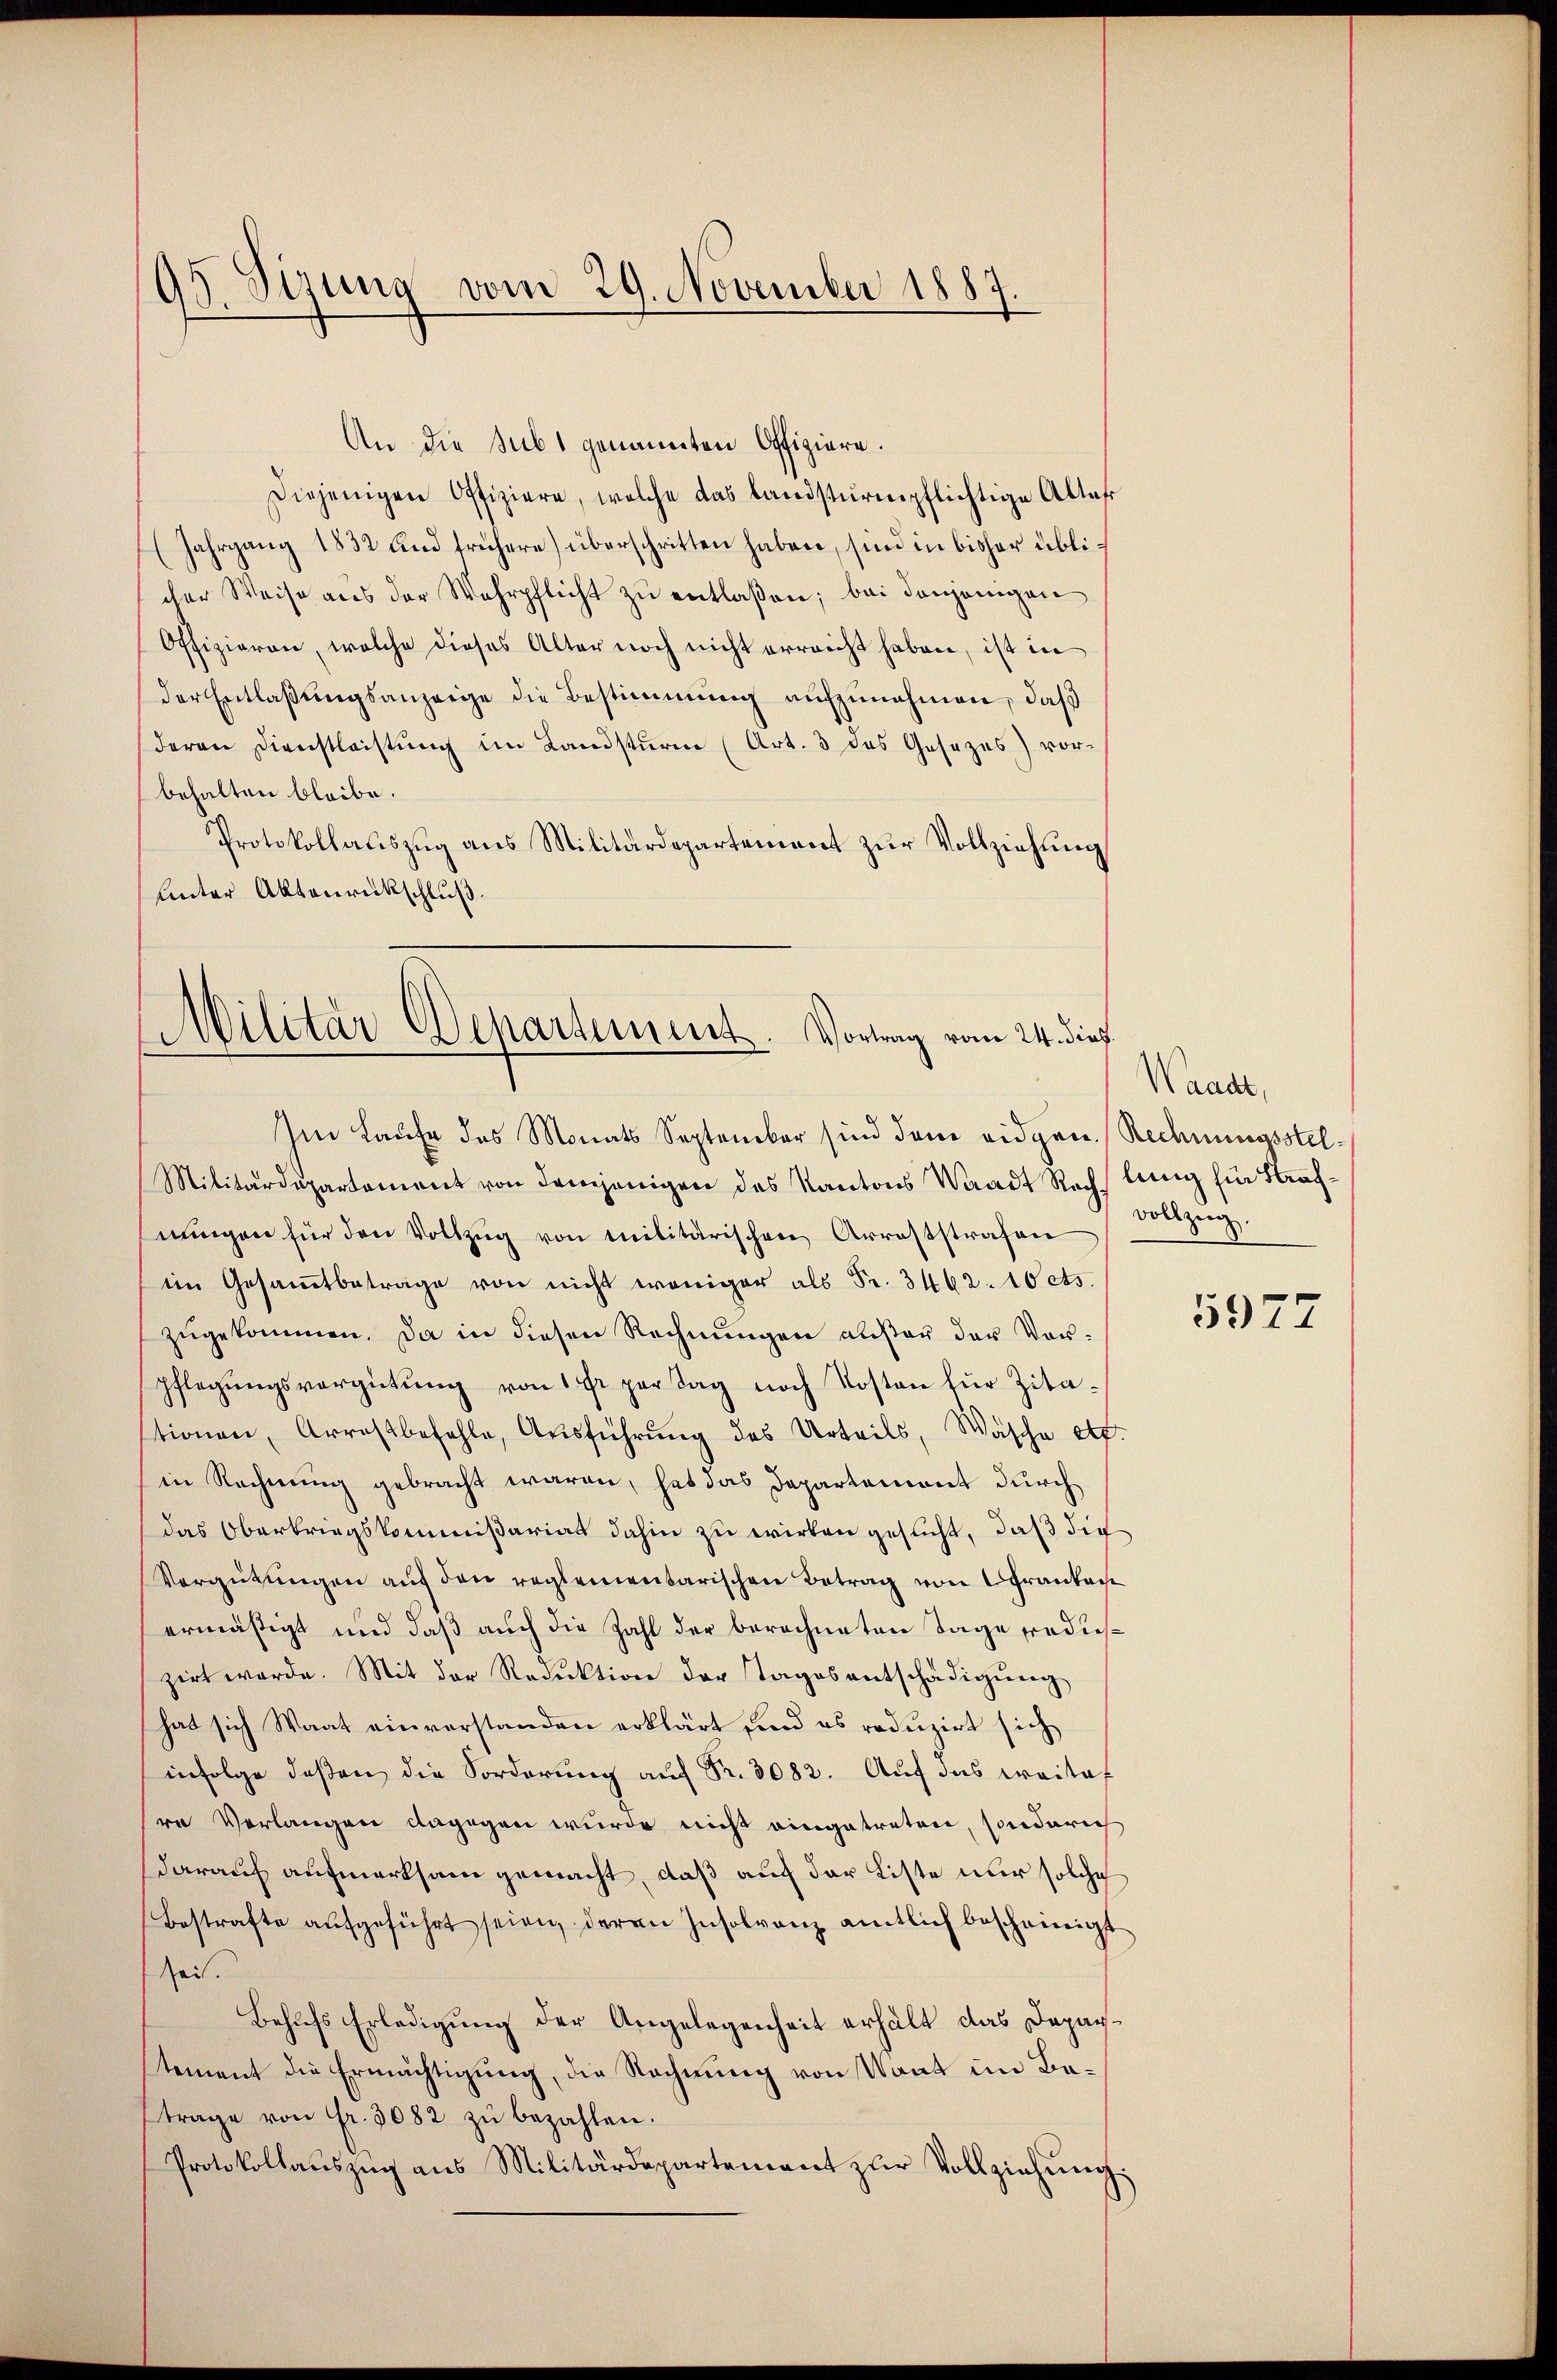
95. Sizung vom 29. November 1887.

An die Subs genannten Offiziere.
Diejenigen Offiziere, welche das landsturmpflichtige Alter
(Jahrgang 1832 und frühere) überschritten haben, sind in bisher üblicher Weise aus der Wehrpflicht zŭ entlaßen; bei denjenigen
Offizieren, welche dieses Alter noch nicht erreicht haben, ist in
der Entlaßungsanzeige die Bestimmung aufzunehmen, daß
deren Dienstleistŭng im Landsturm (Art. 3 das Gesezes) vorbehalten bleibe.
Protokollauszug aus Militärdepartement zur Vollziehung
Unter Aktenrückschluß.

Militär Departement. Vortrag vom 24. dieß.
Im Laufe des Monats September sind dem eidgen. Rechnungsstel¬

Militärdepartement von demjenigen des Kantons Waadt Rechslung für Strafnŭngen für den Vollzŭg von Militärischen Arreststrafen
im Gesamtbetrage von nicht weniger als Fr. 3462. 10 cts.
zugekommen. Da in diesen Rechnungen auster der Vorpflegŭngsvergütŭng von 1 fr par Tag noch Kosten für Zita-
tionen, Arrestbefehle, Ausführung des Urteils, Wäsche etc.
in Rechnung gebracht waren, hat das Departement durch
das Oberkriegskommißariat dahin zu wirken gesucht, daß die
Vergütungen auf den reglementarischen Betrag von Granken
ermäßigt und daß auch die Zahl der berechneten Tage rediszirt werde. Mit der Reduktion der Tages entschädigŭng
hat sich Waat einverstanden erklärt sind es reduzirt sich
infolge deßen die Forderung auf Fr. 3082. Auf das Kraisof
re Verlangen dagegen wurde nicht eingetreten, sonderich
darauf aufmerksam gemacht, daß auf der Liste nur solche
Bestrafte aŭfgeführt seien, deren Insolvanz amtlich bescheinigt
sei.
Behufs Erledigung der Angelegenheit erhält das Departement die Ermächtigung, die Rechnung von Vont im Betrage von fr. 5082 zŭ bezahlen.
Protokollaŭszŭg ans Militärdepartement zŭr Vollziehŭng:

Waadt,
vollzug.

5977